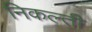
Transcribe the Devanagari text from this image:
निकल्ती